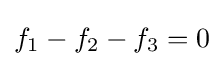
f_{1}-f_{2}-f_{3}=0